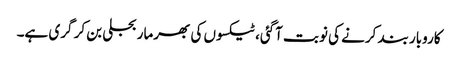
کاروبار بند کرنے کی نوبت آگئی، ٹیکسوں کی بھرمار بجلی بن کر گری ہے۔